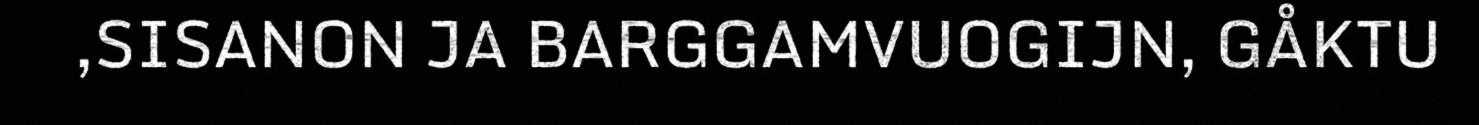
,SISANON JA BARGGAMVUOGIJN, GÅKTU